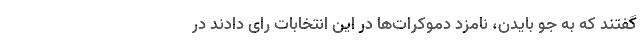
گفتند که به جو بایدن، نامزد دموکرات‌ها در این انتخابات رای دادند در